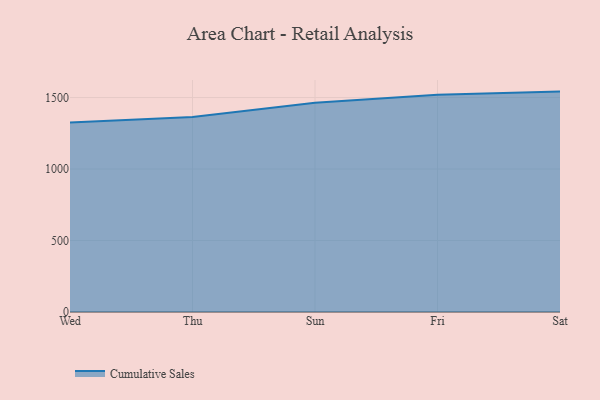
{"axis": {"x": "Day", "y": "Population (Million)"}, "legend": ["Cumulative Sales"], "data": [{"x": "Wed", "y": 1324.6, "type": "Cumulative Sales"}, {"x": "Thu", "y": 1363.5, "type": "Cumulative Sales"}, {"x": "Sun", "y": 1463.7, "type": "Cumulative Sales"}, {"x": "Fri", "y": 1520.0, "type": "Cumulative Sales"}, {"x": "Sat", "y": 1541.5, "type": "Cumulative Sales"}]}